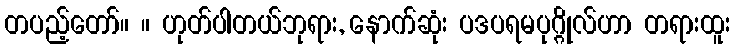
တပည့်တော်။ ။ ဟုတ်ပါတယ်ဘုရား, နောက်ဆုံး ပဒပရမပုဂ္ဂိုလ်ဟာ တရားထူး